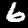
Digit: 6